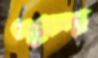
ওমেশ